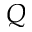
Q